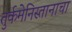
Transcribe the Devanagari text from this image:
तुर्कमेनिस्तानाचा